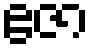
ဧဇာ